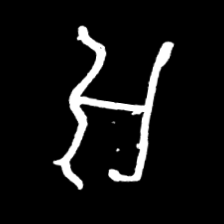
Pyu character \u2014 Myanmar letter: အ (romanized: a)